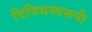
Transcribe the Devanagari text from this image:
विविधस्वरूपी